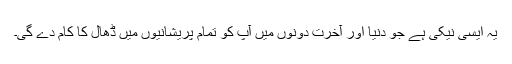
یہ ایسی نیکی ہے جو دنیا اور آخرت دونوں میں آپ کو تمام پریشانیوں میں ڈھال کا کام دے گی۔